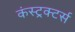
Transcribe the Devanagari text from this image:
कंस्ट्रक्टर्स